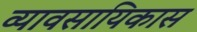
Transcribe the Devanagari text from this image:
व्यावसायिकास